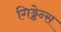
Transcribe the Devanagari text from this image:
गिड्डेन्स